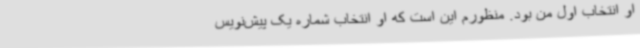
او انتخاب اول من بود. منظورم این است که او انتخاب شماره یک پیش‌نویس